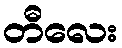
တီလေး